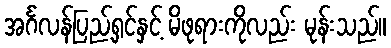
အင်္ဂလန်ပြည့်ရှင်နှင့် မိဖုရားကိုလည်း မုန်းသည်။